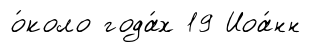
о́коло года́х 19 Иоа́нн